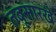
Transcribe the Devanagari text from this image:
तंबूसारखे